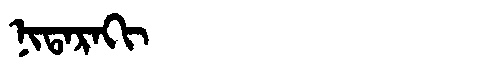
Manchu: ᠨᡳᡨᠠᡵᠠᡴᡳ
Romanization: NITARAKI